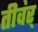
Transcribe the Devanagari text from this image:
तीवंर्